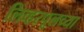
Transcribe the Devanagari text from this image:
लिव्हरपूलच्या